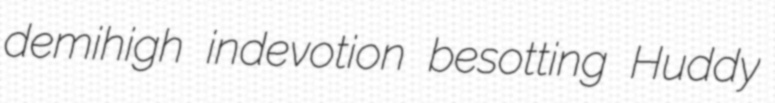
demihigh indevotion besotting Huddy